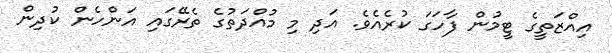
އިއްޒަތީގެ ޓީމުން ފާހަގަ ކުރެއެވެ. އަދި މި މުއްދަތުގެ ތެރޭގައި އަންހެން ކުދިން